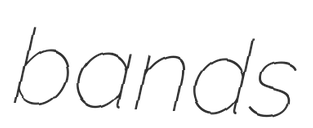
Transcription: bands